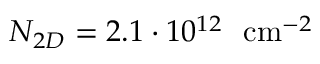
N _ { 2 D } = 2 . 1 \cdot 1 0 ^ { 1 2 } ~ \ensuremath { ~ \mathrm { c m } ^ { - 2 } }